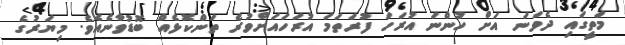
މަތީގައި ދެވަނަ އަށް ހުންނަ އުރަހަ ފުރަތަމަ އުރަހައަށްވުރެ ތަންކޮޅެއް ބޮޑުވާނެއެވެ. މިޔަރުގެ